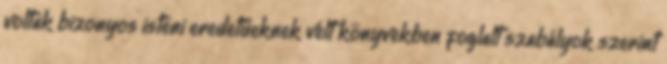
voltak bizonyos isteni eredetűeknek vélt könyvekben foglalt szabályok szerint